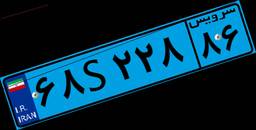
۶۸S۲۲۸۸۶